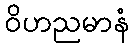
ဝိဟညမာနံ